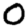
Digit: 0